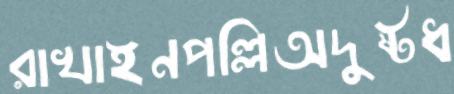
রাখাইনপল্লিঅদুষ্টধ